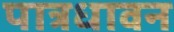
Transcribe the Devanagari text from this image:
पात्रधावन